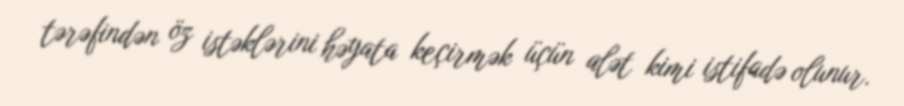
tərəfindən öz istəklərini həyata keçirmək üçün alət kimi istifadə olunur.